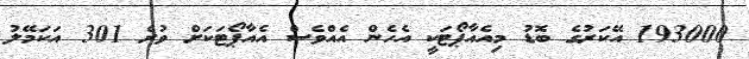
193000 އޭކަރުގެ ބޮޑު މިއެއާޕޯޓަކީ އެހެން އެއްވެސް އެއާޕޯޓަކަށް ވުރެ 301 އަކަމޭލު